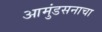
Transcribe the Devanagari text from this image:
आमुंडसनाचा